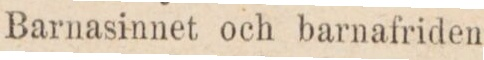
Barnasinnet och barnafriden